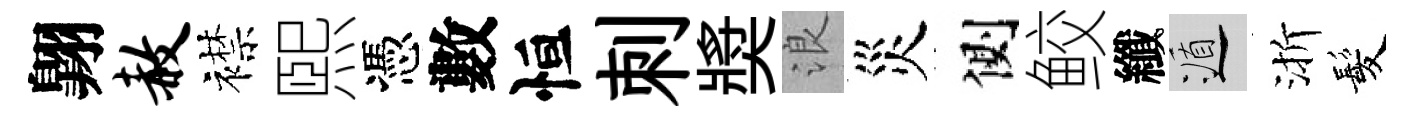
翺赦襟煕憑數恒刺奬浪災側鲛纖遁渐髪